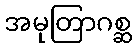
အမုတြာဂစ္ဆ